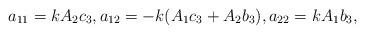
LaTeX: \begin{align*}a_{11} = k A_2c_3,a_{12} = -k(A_1c_3+A_2b_3),a_{22}=k A_1 b_3,\end{align*}